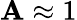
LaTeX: \mathbf{A}\approx1